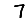
Digit: 7